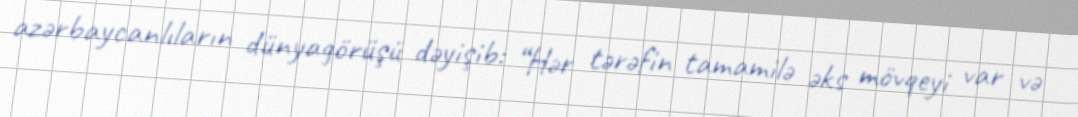
azərbaycanlıların dünyagörüşü dəyişib: “Hər tərəfin tamamilə əks mövqeyi var və